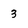
Character: 3